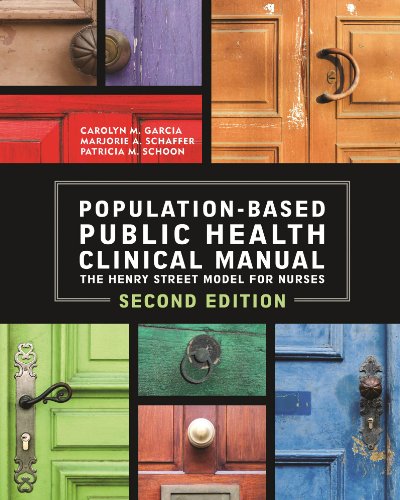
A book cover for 2014 AJN Award Recipient Population Based Public Health Clinical Manual 2nd Edition; Carolyn Garcia; Medical Books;